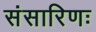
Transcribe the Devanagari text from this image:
संसारिणः